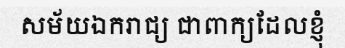
សម័យឯករាជ្យ ជាពាក្យដែលខ្ញុំ